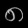
Digit: ၈